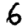
Digit: 6